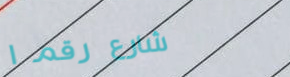
شارع رقم ١